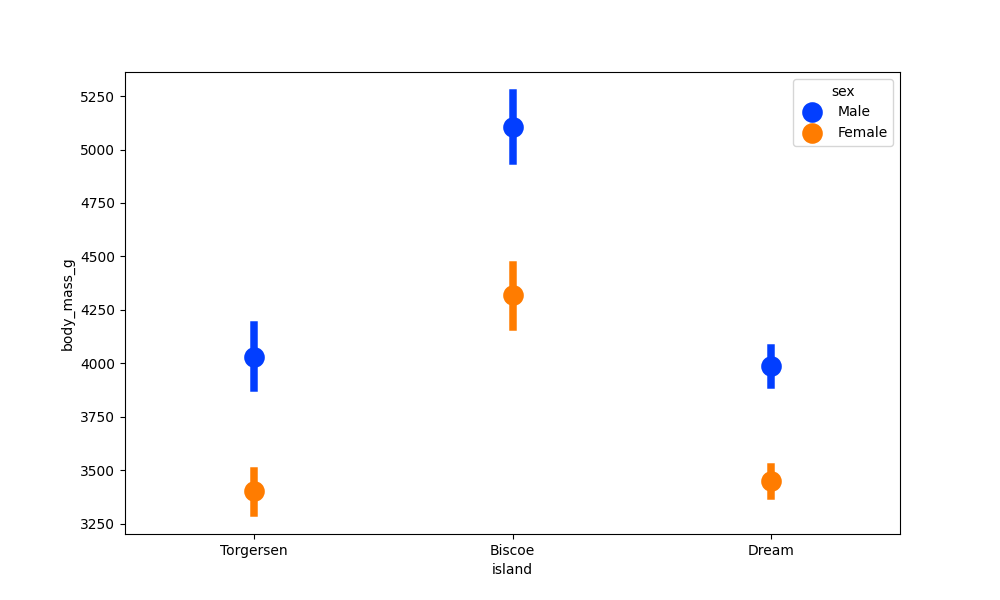
python, seaborn, pointplot, scale=2.0, join=False, hue='sex', palette='bright'